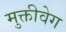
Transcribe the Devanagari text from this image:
मुक्तीवेग